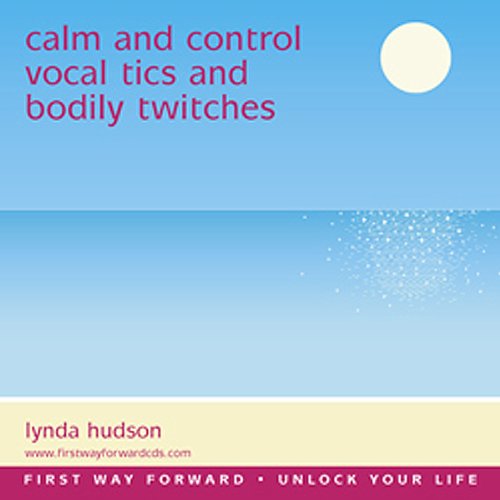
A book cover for Vocal Tics and Bodily Twitches; Lynda Hudson; Health, Fitness & Dieting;